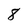
Character: 8